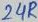
Text: 24R